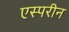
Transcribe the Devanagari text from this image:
एस्परीन